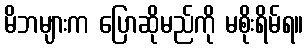
မိဘများက ပြောဆိုမည်ကို မစိုးရိမ်ရ။